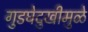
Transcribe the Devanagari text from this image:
गुडघेदुखीमुळे